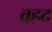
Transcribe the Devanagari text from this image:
व्रहद